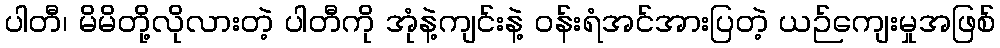
ပါတီ၊ မိမိတို့လိုလားတဲ့ ပါတီကို အုံနဲ့ကျင်းနဲ့ ဝန်းရံအင်အားပြတဲ့ ယဉ်ကျေးမှုအဖြစ်